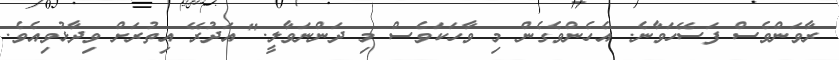
ރާވަންވެސް ފަސޭހަވާނެ. އެހެންވެގެން މި ވާހަކަވެސް މި ދަންނަވާލީ." އަދުރޭ އިތުރަށް ވިދާޅުވިއެވެ.